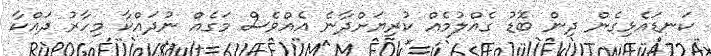
ކަނޑައެޅިގެން ދިން ބޮޑު ގެއްލުމެއް ކުރިޔަށްދާނެ އެއްވެސް މަގެއް ނުދައްކާ މިހާރު ދައްކާ